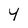
Character: y